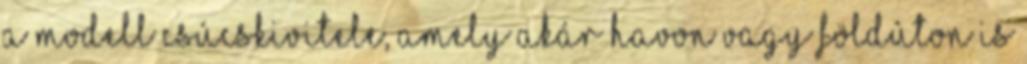
a modell csúcskivitele, amely akár havon vagy földúton is